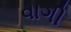
વાગી